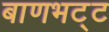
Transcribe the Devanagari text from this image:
बाणभट्‌ट